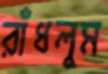
রাঁধলুম